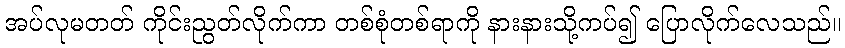
အပ်လုမတတ် ကိုင်းညွတ်လိုက်ကာ တစ်စုံတစ်ရာကို နားနားသို့ကပ်၍ ပြောလိုက်လေသည်။